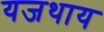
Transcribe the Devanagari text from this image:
यजथाय